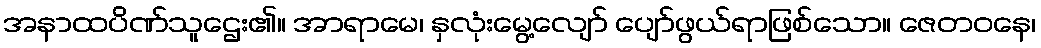
အနာထပိဏ်သူဌေး၏။ အာရာမေ၊ နှလုံးမွေ့လျော် ပျော်ဖွယ်ရာဖြစ်သော။ ဇေတဝနေ၊